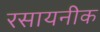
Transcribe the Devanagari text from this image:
रसायनीक